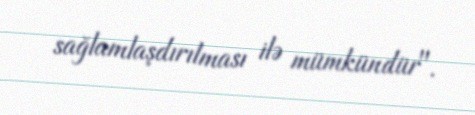
sağlamlaşdırılması ilə mümkündür".